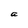
Character: a